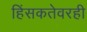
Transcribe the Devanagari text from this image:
हिंसकतेवरही